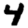
Digit: 4